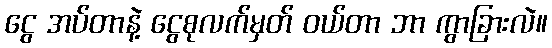
ငွေ အပ်တာနဲ့ ငွေစုလက်မှတ် ဝယ်တာ ဘာ ကွာခြားလဲ။